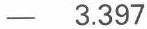
-  3.397